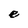
Character: e